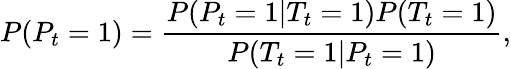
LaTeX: P(P_{t}=1)=\frac{P(P_{t}=1|T_{t}=1)P(T_{t}=1)}{P(T_{t}=1|P_{t}=1)},